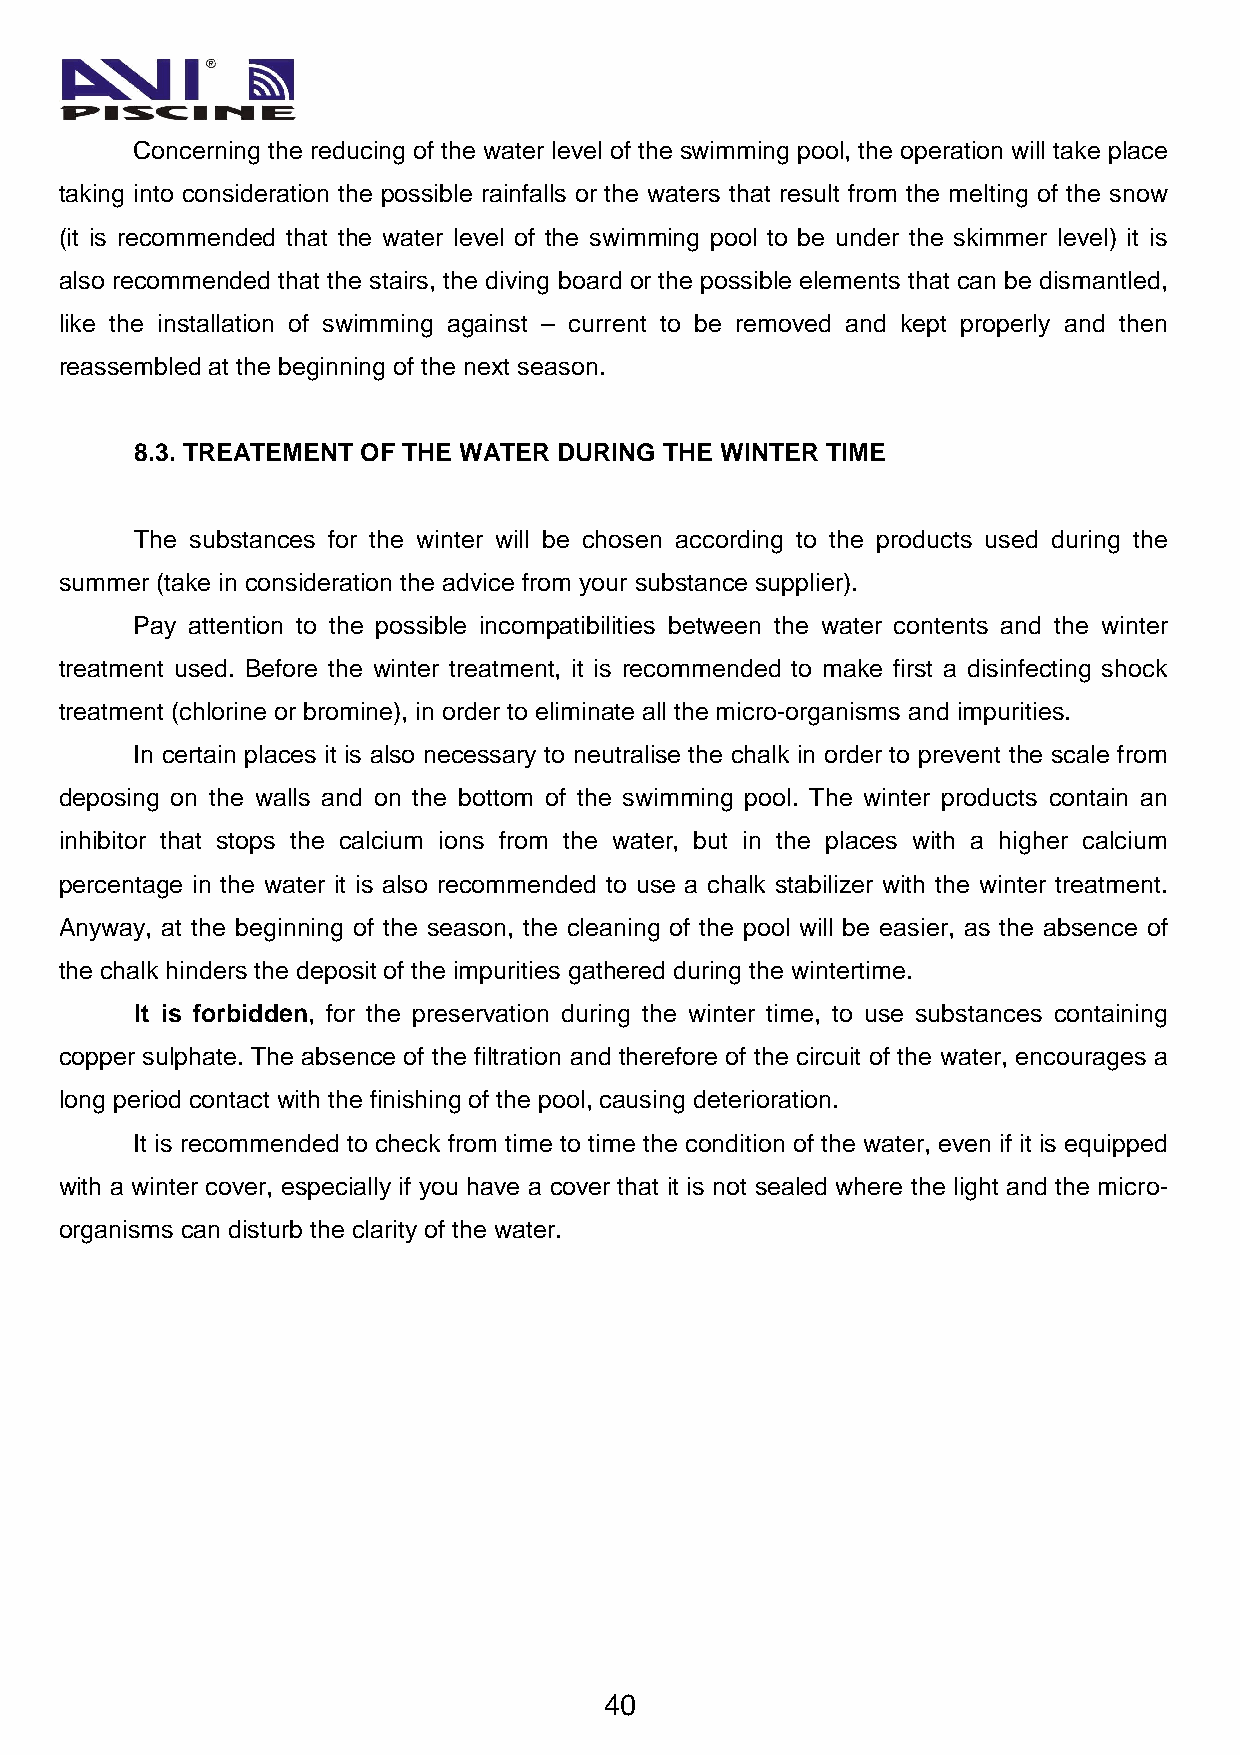
Concerning the reducing of the water level of the swimming pool, the operation will take place
 taking into consideration the possible rainfalls or the waters that result from the melting of the snow
 (it is recommended that the water level of the swimming pool to be under the skimmer level) it is
 also recommended that the stairs, the diving board or the possible elements that can be dismantled,
 like the installation of swimming against – current to be removed and kept properly and then
 reassembled at the beginning of the next season.
 8.3. TREATEMENT OF THE WATER DURING THE WINTER TIME
 The substances for the winter will be chosen according to the products used during the
 summer (take in consideration the advice from your substance supplier).
 Pay attention to the possible incompatibilities between the water contents and the winter
 treatment used. Before the winter treatment, it is recommended to make first a disinfecting shock
 treatment (chlorine or bromine), in order to eliminate all the micro-organisms and impurities.
 In certain places it is also necessary to neutralise the chalk in order to prevent the scale from
 deposing on the walls and on the bottom of the swimming pool. The winter products contain an
 inhibitor that stops the calcium ions from the water, but in the places with a higher calcium
 percentage in the water it is also recommended to use a chalk stabilizer with the winter treatment.
 Anyway, at the beginning of the season, the cleaning of the pool will be easier, as the absence of
 the chalk hinders the deposit of the impurities gathered during the wintertime.
 It is forbidden, for the preservation during the winter time, to use substances containing
 copper sulphate. The absence of the filtration and therefore of the circuit of the water, encourages a
 long period contact with the finishing of the pool, causing deterioration.
 It is recommended to check from time to time the condition of the water, even if it is equipped
 with a winter cover, especially if you have a cover that it is not sealed where the light and the micro-
 organisms can disturb the clarity of the water.
 40